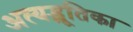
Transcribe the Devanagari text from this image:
अत्यद्भूतिका